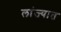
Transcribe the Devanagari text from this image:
लांज्यात